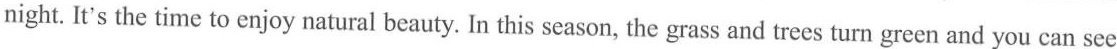
night. It's the time to enjoy natural beauty. In this season, the grass and trees turn green and you can see